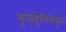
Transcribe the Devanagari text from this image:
मुत्सद्देगिरीमुळे